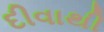
દીવાથી